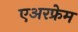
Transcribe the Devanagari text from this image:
एअरफ्रेम